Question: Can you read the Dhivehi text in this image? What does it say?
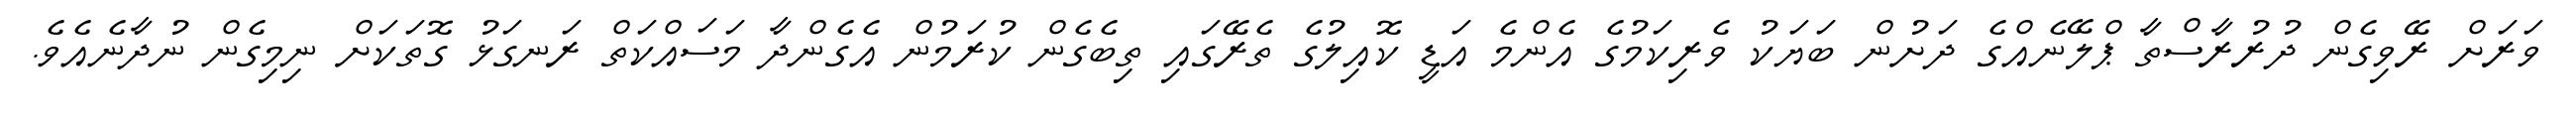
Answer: ވަރަށް ރޭވިގެން ދުރުރާސްތާ ޕްލޭނެއްގެ ދަށުން ބަޔަކު ވެރިކަމުގެ އެންމެ އަޑީ ކޮއިލުގެ ތެރޭގައި ތިބެގެން ކުރަމުން އެގެންދާ މަސައްކަތް ރަނގަޅު ގޮތަކަށް ނިމިގެން ނުދާނެއެވެ.